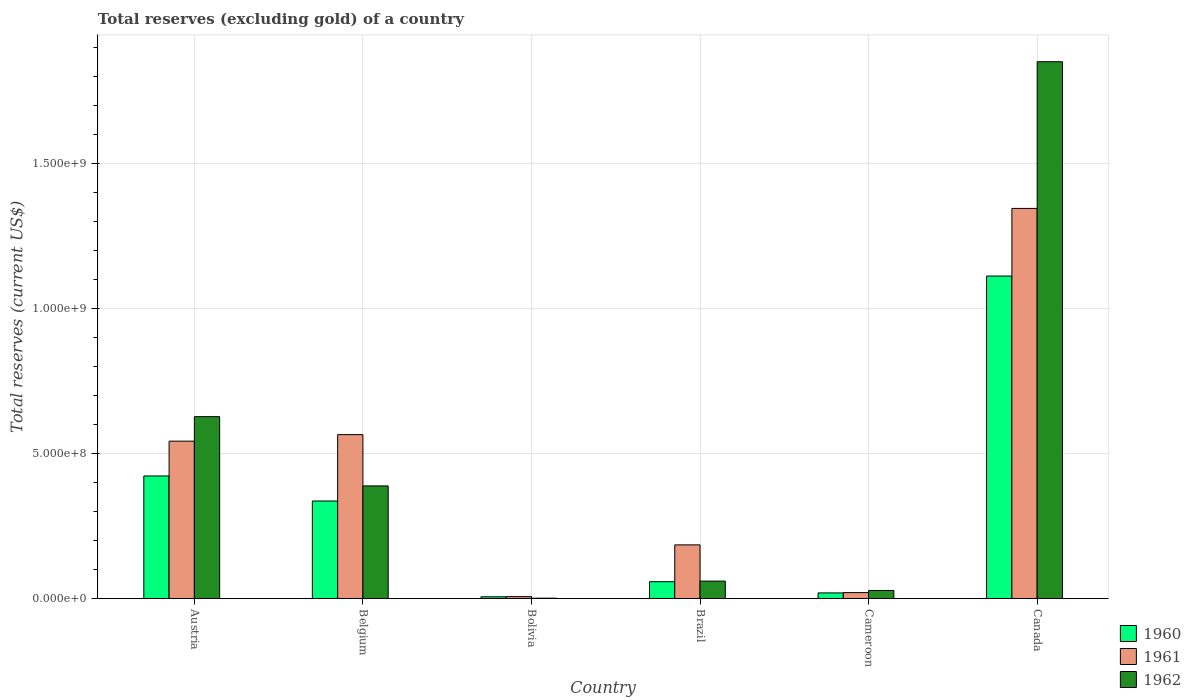
| Country | 1960 | 1961 | 1962 |
 | --- | --- | --- | --- |
 | Austria | 4.23e+08 | 5.43e+08 | 6.27e+08 |
 | Belgium | 3.36e+08 | 5.65e+08 | 3.88e+08 |
 | Bolivia | 5.8e+06 | 6.4e+06 | 1e+06 |
 | Brazil | 5.8e+07 | 1.85e+08 | 6e+07 |
 | Cameroon | 1.92e+07 | 2.03e+07 | 2.77e+07 |
 | Canada | 1.11e+09 | 1.35e+09 | 1.85e+09 |